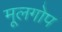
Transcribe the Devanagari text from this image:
मूलगोप